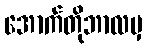
အောက်တိုဘာလမှ